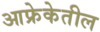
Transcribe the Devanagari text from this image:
आफ्रेकेतील